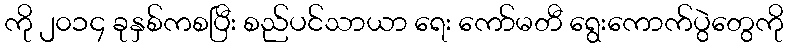
ကို ၂၀၁၄ ခုနှစ်ကစပြီး စည်ပင်သာယာ ရေး ကော်မတီ ရွေးကောက်ပွဲတွေကို